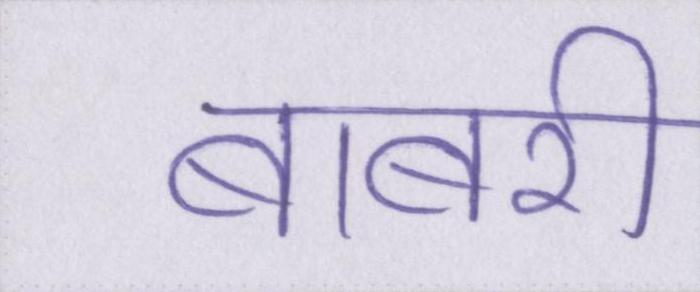
बाबरी